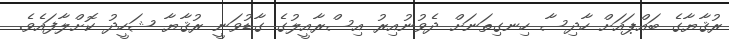
ރުޤާޔާގެ ބައްޕައަށް ހާދިސާ ހިނގިތަނަށް ދެވުނުއިރު އިސްރާއީލުގެ ގާޑުވަނީ ރުޤާޔާ ޝަހީދު ކޮށްލާފައެވެ.